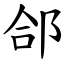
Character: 郃